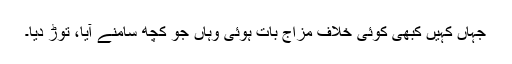
جہاں کہیں کبھی کوئی خلافِ مزاج بات ہوئی وہاں جو کچھ سامنے آیا، توڑ دیا۔